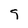
Character: 9